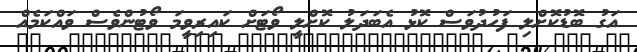
އަގު ބޮޑުކޮށްލި ފަހުދުވަސް ކޮޅު އެބަދަލު ކޮށްލީ ވޯޓަށް ކައިރިވީމަ ވޯޓުންވެސް ވައްކަމެއް